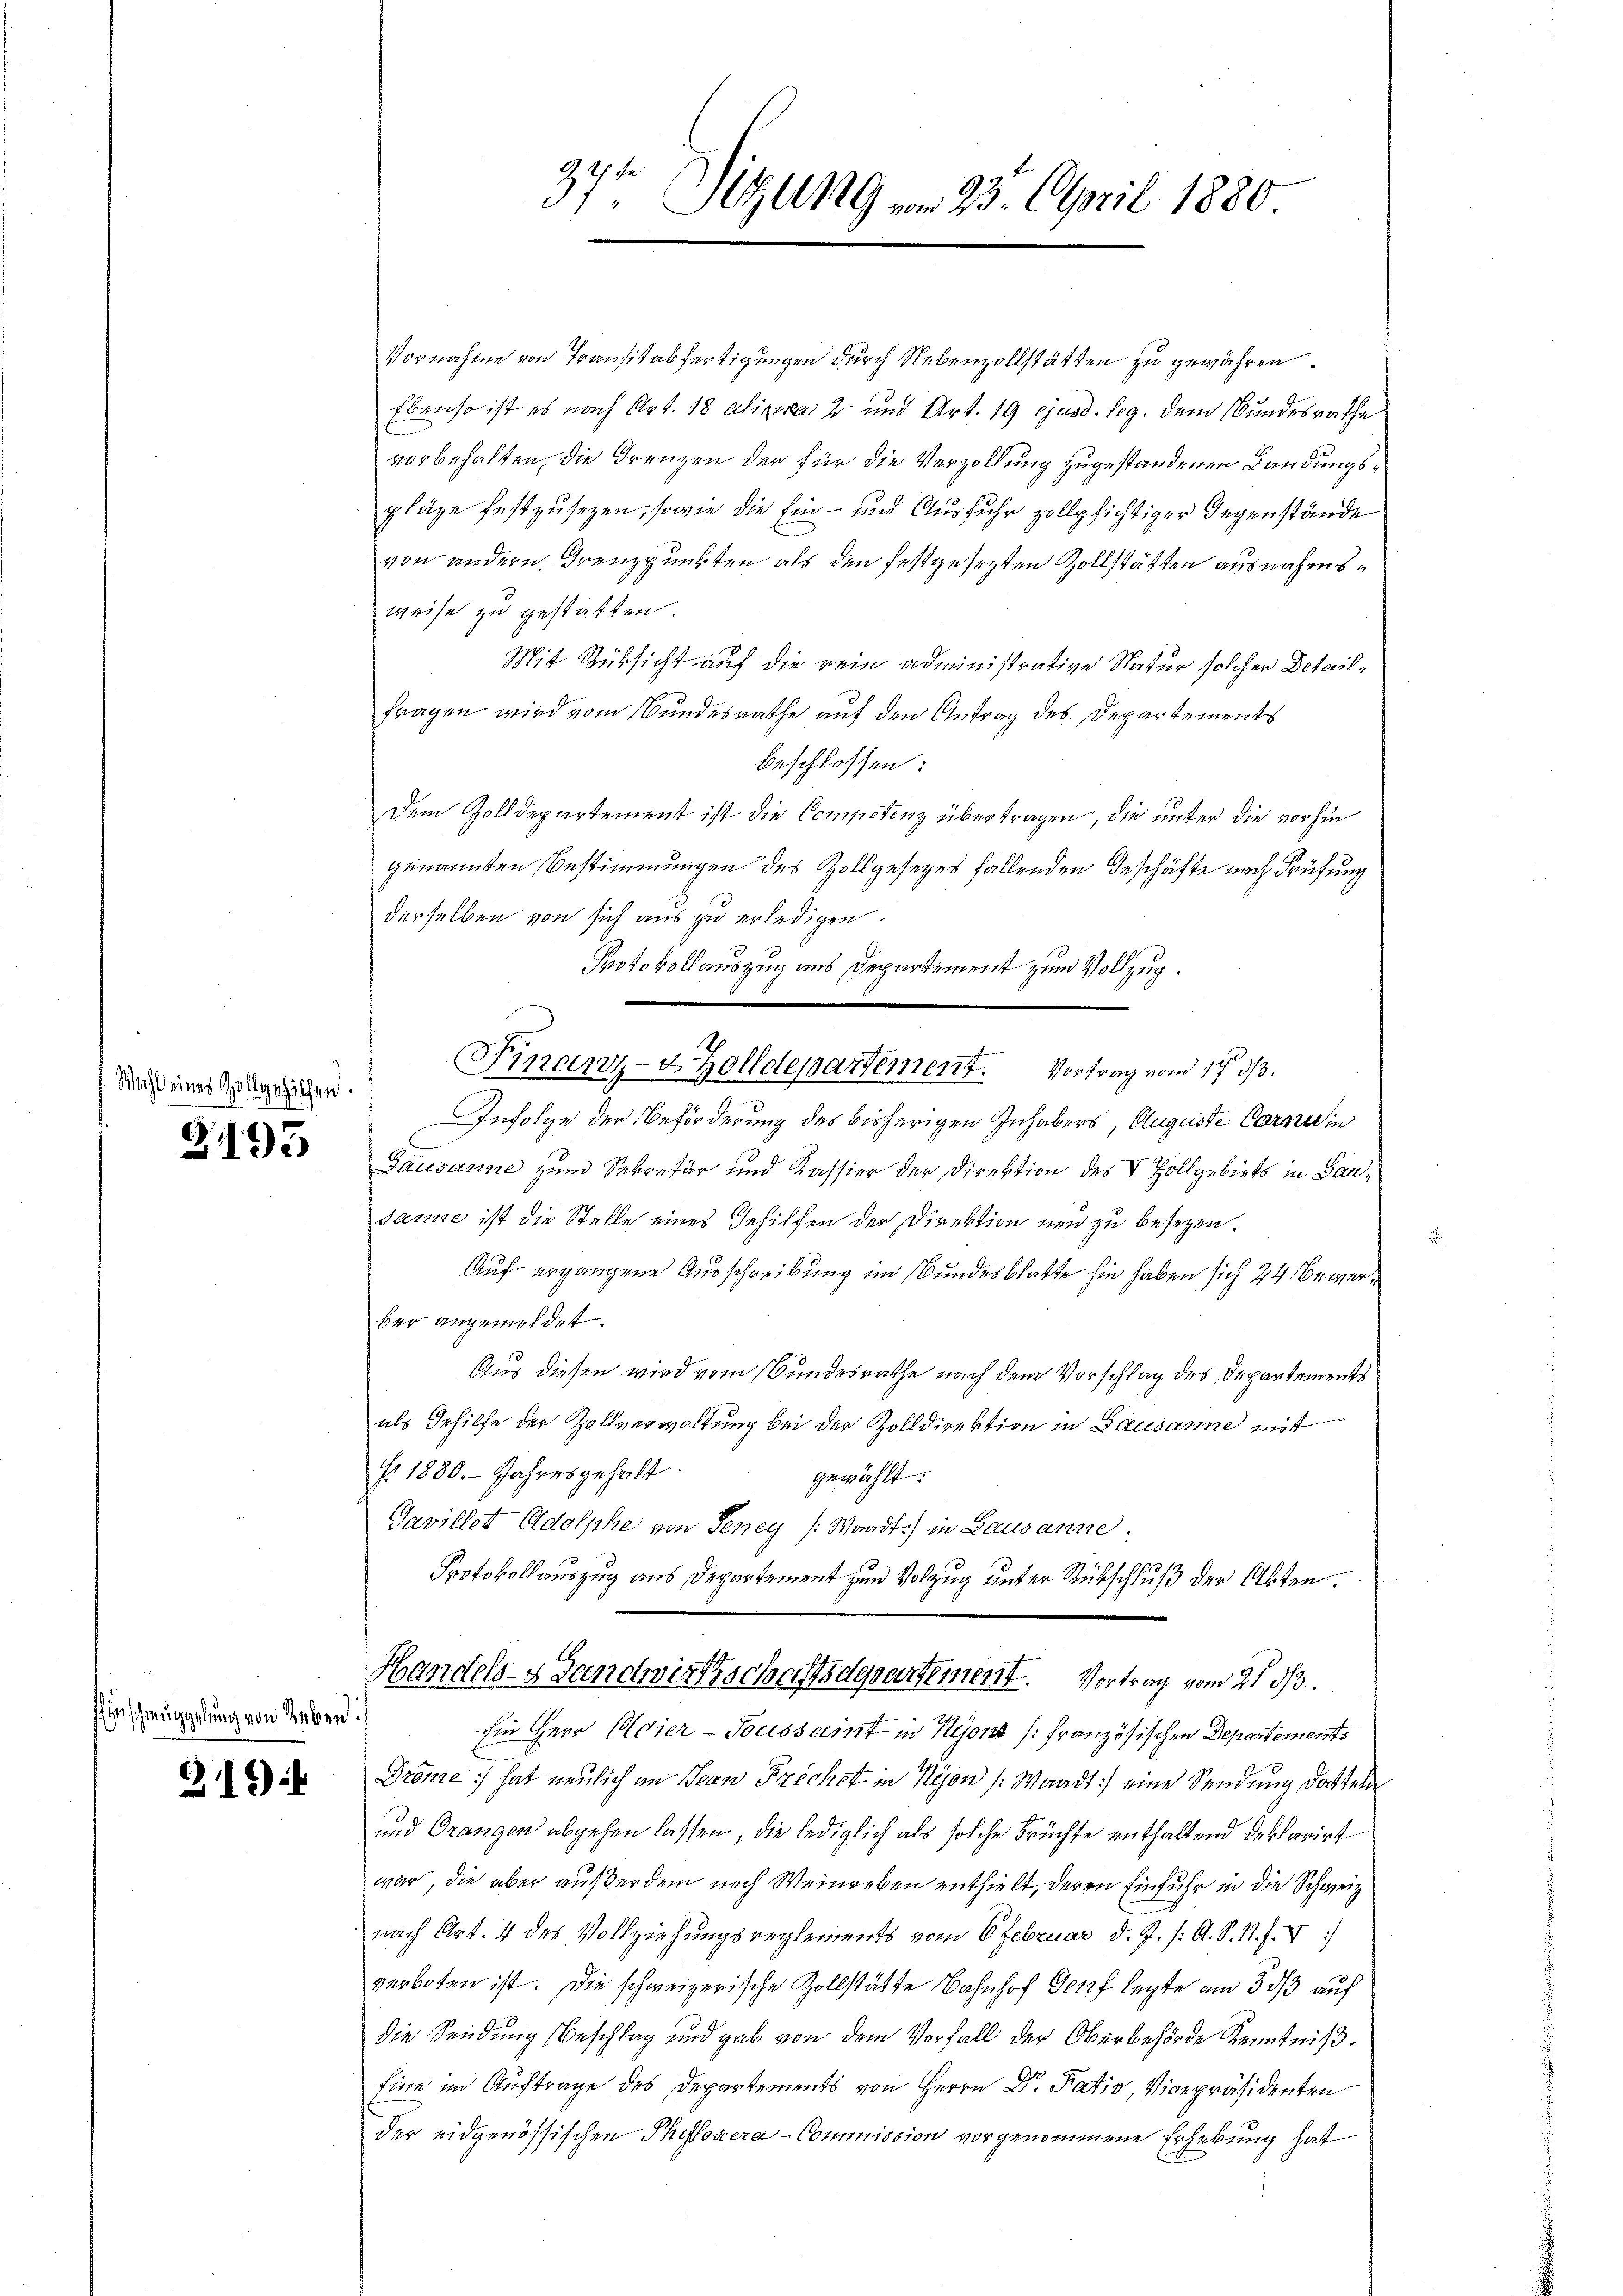
Wacht eines Zollgehilfen.

2193

Einschmuggelung von Leben.

219

Vornahme von Transitabfertigungen durch Nebenzollstätten zu gewähren.
Ebenso ist es nach Art. 18 alizira 2 und Art. 19 ejusd. leg. dem Bundesrathe
vorbehalten, die Frenzen der für die Verzollung zugestandenen Landungspläge festzusezen, sowie die Ein- und Ausfuhr zollpsichtiger Gegenstände
von andern Frenzpunkten als den festgesetzten Zollstätten ausnahmsweise zu gestatten.
Mit Rücksicht auf die rein administrative Natur solcher Detailfragen wird vom Bundesrathe auf den Antrag des Departements
beschlossen:
Dem Zolldepartement ist die Competenz übertragen, die unter die vorhin
genannten Bestimmungen des Zollgesetzes fallenden Geschäfte nach Prüfung
derselben von sich aus zu erledigen.
Protokollauszug aus Departement zum Vollzug.
Infolge der Beförderung des bisherigen Inhabers, Auguste Cornein
Gausanne zum Sekretär und Kassier der Direktion des V. Zollgebiets in Bausanne ist die Stelle eines Gehilfen der Direktion neu zu besezen.
Auf ergangene Ausschreibung im Bundesblatte hin haben sich 24 Bewerber angemeldet.
Aus diesen wird vom Bundesrathe nach dem Vorschlag des Departements
als Gehilfe der Zollverwaltung bei der Zolldirektion in Bausanne mit
f. 1880. Jahresgehalt
gewählt.
Gavillet Adolphe von Teney (Waadt) in Lausanne.
Protokollauszug aus Departement zum Volzug unter Rückschluß der Akten
Handels- Landwirtschaftsdepartement. Vortrag vom 21. ds.
Ein Herr Adier-Toussamt in Nyon (französischen Departements
Dröme hat neulich an Jean Prechst in Kejon (Waadt) eine Sendung dorteln
und Orangen abgehen lassen, die lediglich als solche Früchte enthaltend deklarirt
war, die aber außer dem noch Weinreben enthielt, deren Einfuhr in die Schweiz
nach Art. 4 des Vollziehungsreglements vom 6 Februar d. J. /: A. S. N. F. V
verboten ist. Die schweizerische Zollstätte Bahnhof Genf legte am 3. ds auf
die Sendung Beschlag und gab von dem Vorfall der Oberbehörde Kenntniß.
Eine im Auftrage des Departements von Herrn Dr. Pativ, Vicepräsidenten
der eidgenössischen Philozera-Commission vorgenommene Erhebung hat

37t Sizung vom 23. April 1880.

Finanz- & Zolldepartement. Vortrag von 17 3/3.